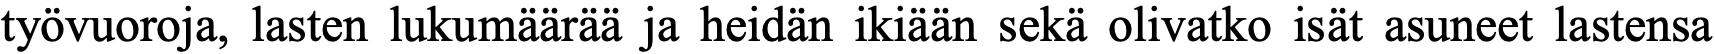
työvuoroja, lasten lukumäärää ja heidän ikiään sekä olivatko isät asuneet lastensa